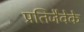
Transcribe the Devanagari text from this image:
प्रतिजैवेके